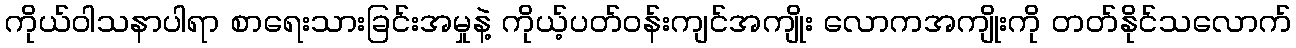
ကိုယ်ဝါသနာပါရာ စာရေးသားခြင်းအမှုနဲ့ ကိုယ့်ပတ်ဝန်းကျင်အကျိုး လောကအကျိုးကို တတ်နိုင်သလောက်